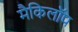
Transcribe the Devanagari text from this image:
मैकिलॉप